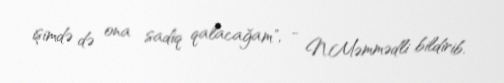
işimdə də ona sadiq qalacağam", - N.Məmmədli bildirib.